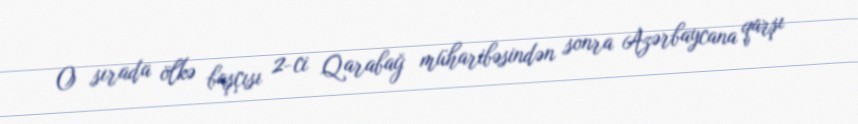
O sırada ölkə başçısı 2-ci Qarabağ müharibəsindən sonra Azərbaycana qarşı